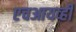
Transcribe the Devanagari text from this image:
एचआयव्ही